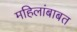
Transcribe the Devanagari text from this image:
महिलांबाबत